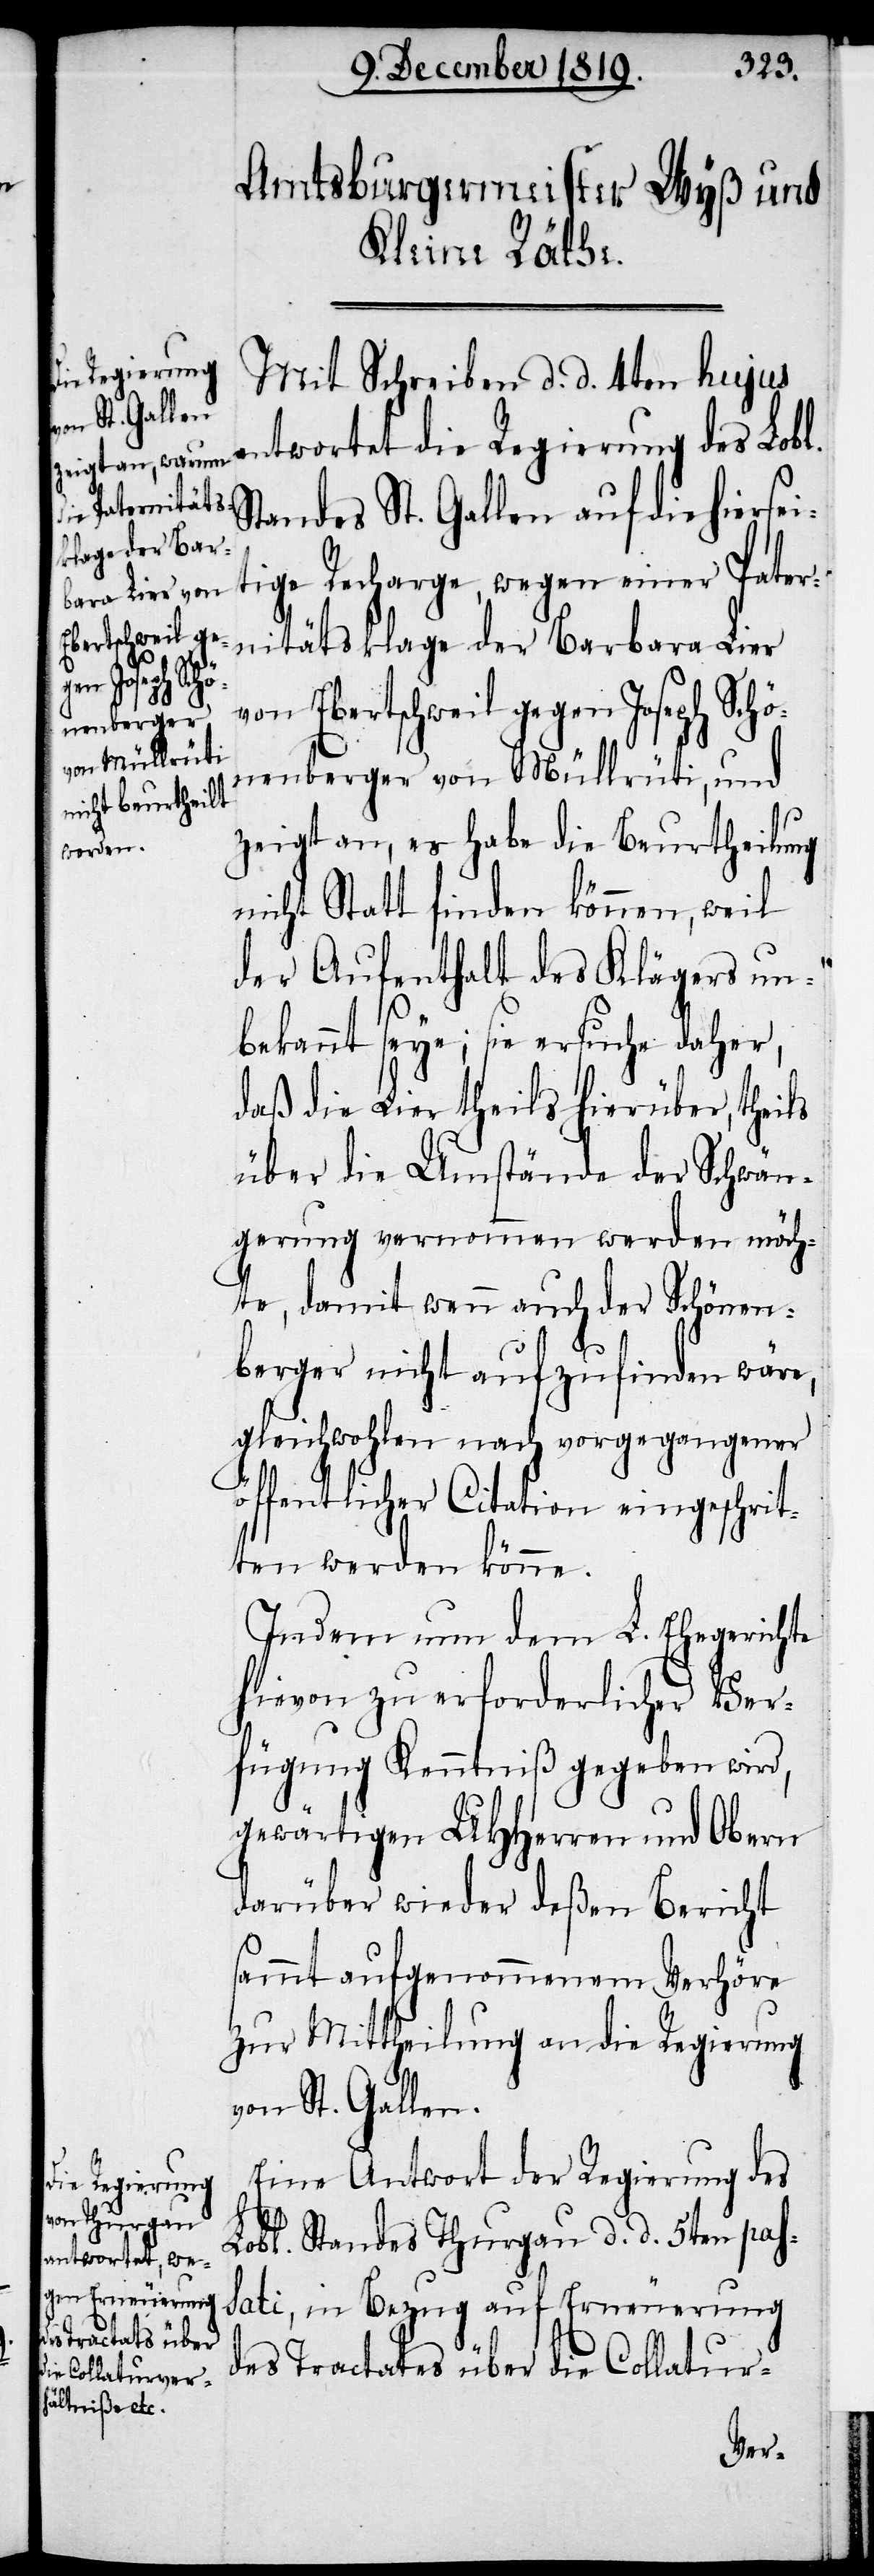
Mit Schreiben d. d. 4ten hujus
twortet die Regierung des Lobl.
Standes St. Gallen auf die hiersei¬
tige Recharge, wegen einer Pater¬
nitätsklage der Barbara Lier
von Ebertschweil gegen Joseph Schö¬
nenberger von Müllrüti, und
zeigt an, es habe die Beurtheilung
nicht Statt finden können, weil
der Aufenthalt des Klägers un¬
bekannt seye; sie ersuche daher,
daß die Lier theils hierüber, theils
über die Umstände der Schwän¬
gerung vernommen werden möch¬
te, damit wenn auch der Schönen¬
berger nicht aufzufinden wäre,
gleichwohlen nach vorgegangener
öffentlicher Citation eingeschrit¬
ten werden könne.
Indem nun dem L. Ehegerichte
hievon zu erforderlicher Ver¬
fügung Kenntniß gegeben wird,
gewärtigen UHHerren und Obern
darüber wieder deßen Bericht
sammt aufgenommenem Verhöre
zur Mittheilung an die Regierung
von St. Gallen.
Eine Antwort der Regierung des
Lobl. Standes Thurgau d. d. 5ten pas¬
sati, in Bezug auf Erneuerung
des Tractates über die Collatur-
an¬